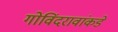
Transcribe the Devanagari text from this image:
गोविंदरावांकडे